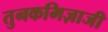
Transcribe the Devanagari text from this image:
तुनकमिज़ाजी